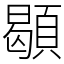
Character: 䫘